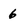
Character: 6